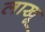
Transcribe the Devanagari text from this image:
लाखू